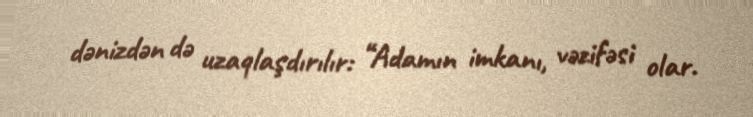
dənizdən də uzaqlaşdırılır: “Adamın imkanı, vəzifəsi olar.